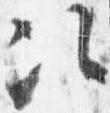
次